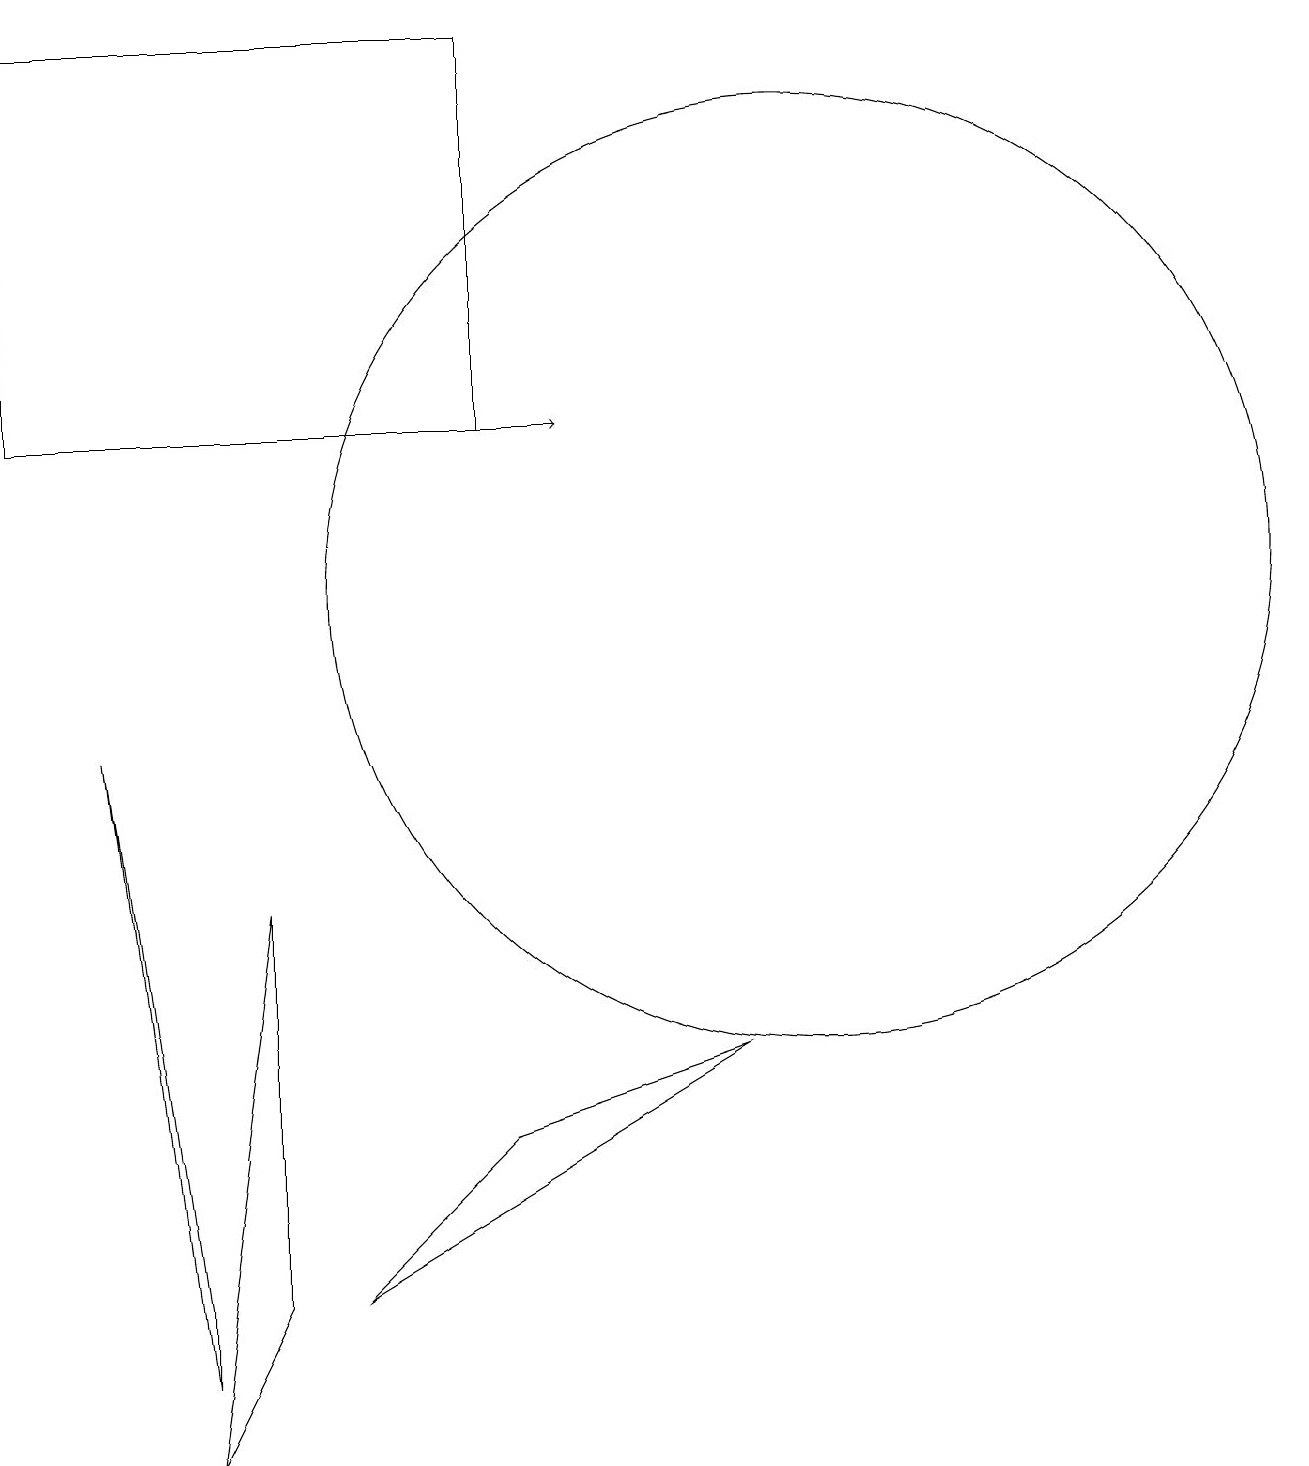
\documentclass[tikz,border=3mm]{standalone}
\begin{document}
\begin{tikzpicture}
\draw (0,18) rectangle (6,13);
\draw[->] (3,13) -- (7,13);
\draw (10,11) circle (6);
\draw[->] (0,17) -- (0,18);
\draw (1,9) -- (2,2) -- (2,1) -- cycle;
\draw (2,0) -- (3,2) -- (3,7) -- cycle;
\draw (4,2) -- (9,5) -- (6,4) -- cycle;
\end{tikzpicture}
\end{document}